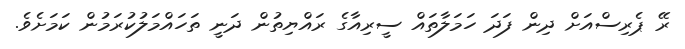
ރޭ ޕެރިސްއަށް ދިން ފަދަ ހަމަލާތައް ސީރިއާގެ ރައްޔިތުން ދަނީ ތަހައްމަލުކުރަމުން ކަމަށެވެ.